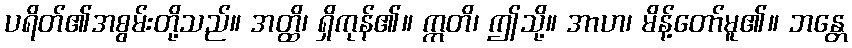
ပရိတ်၏အစွမ်းတို့သည်။ အတ္ထိ၊ ရှိကုန်၏။ ဣတိ၊ ဤသို့။ အာဟ၊ မိန့်တော်မူ၏။ ဘန္တေ